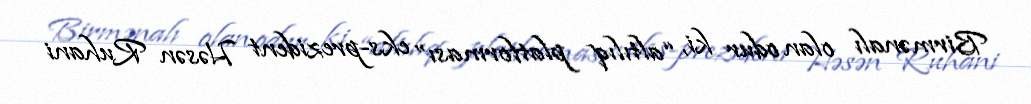
Birmənalı olan odur ki, “altılıq platforması” eks-prezident Həsən Ruhani